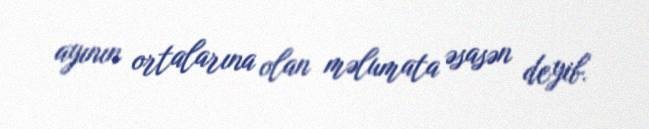
ayının ortalarına olan məlumata əsasən deyib.